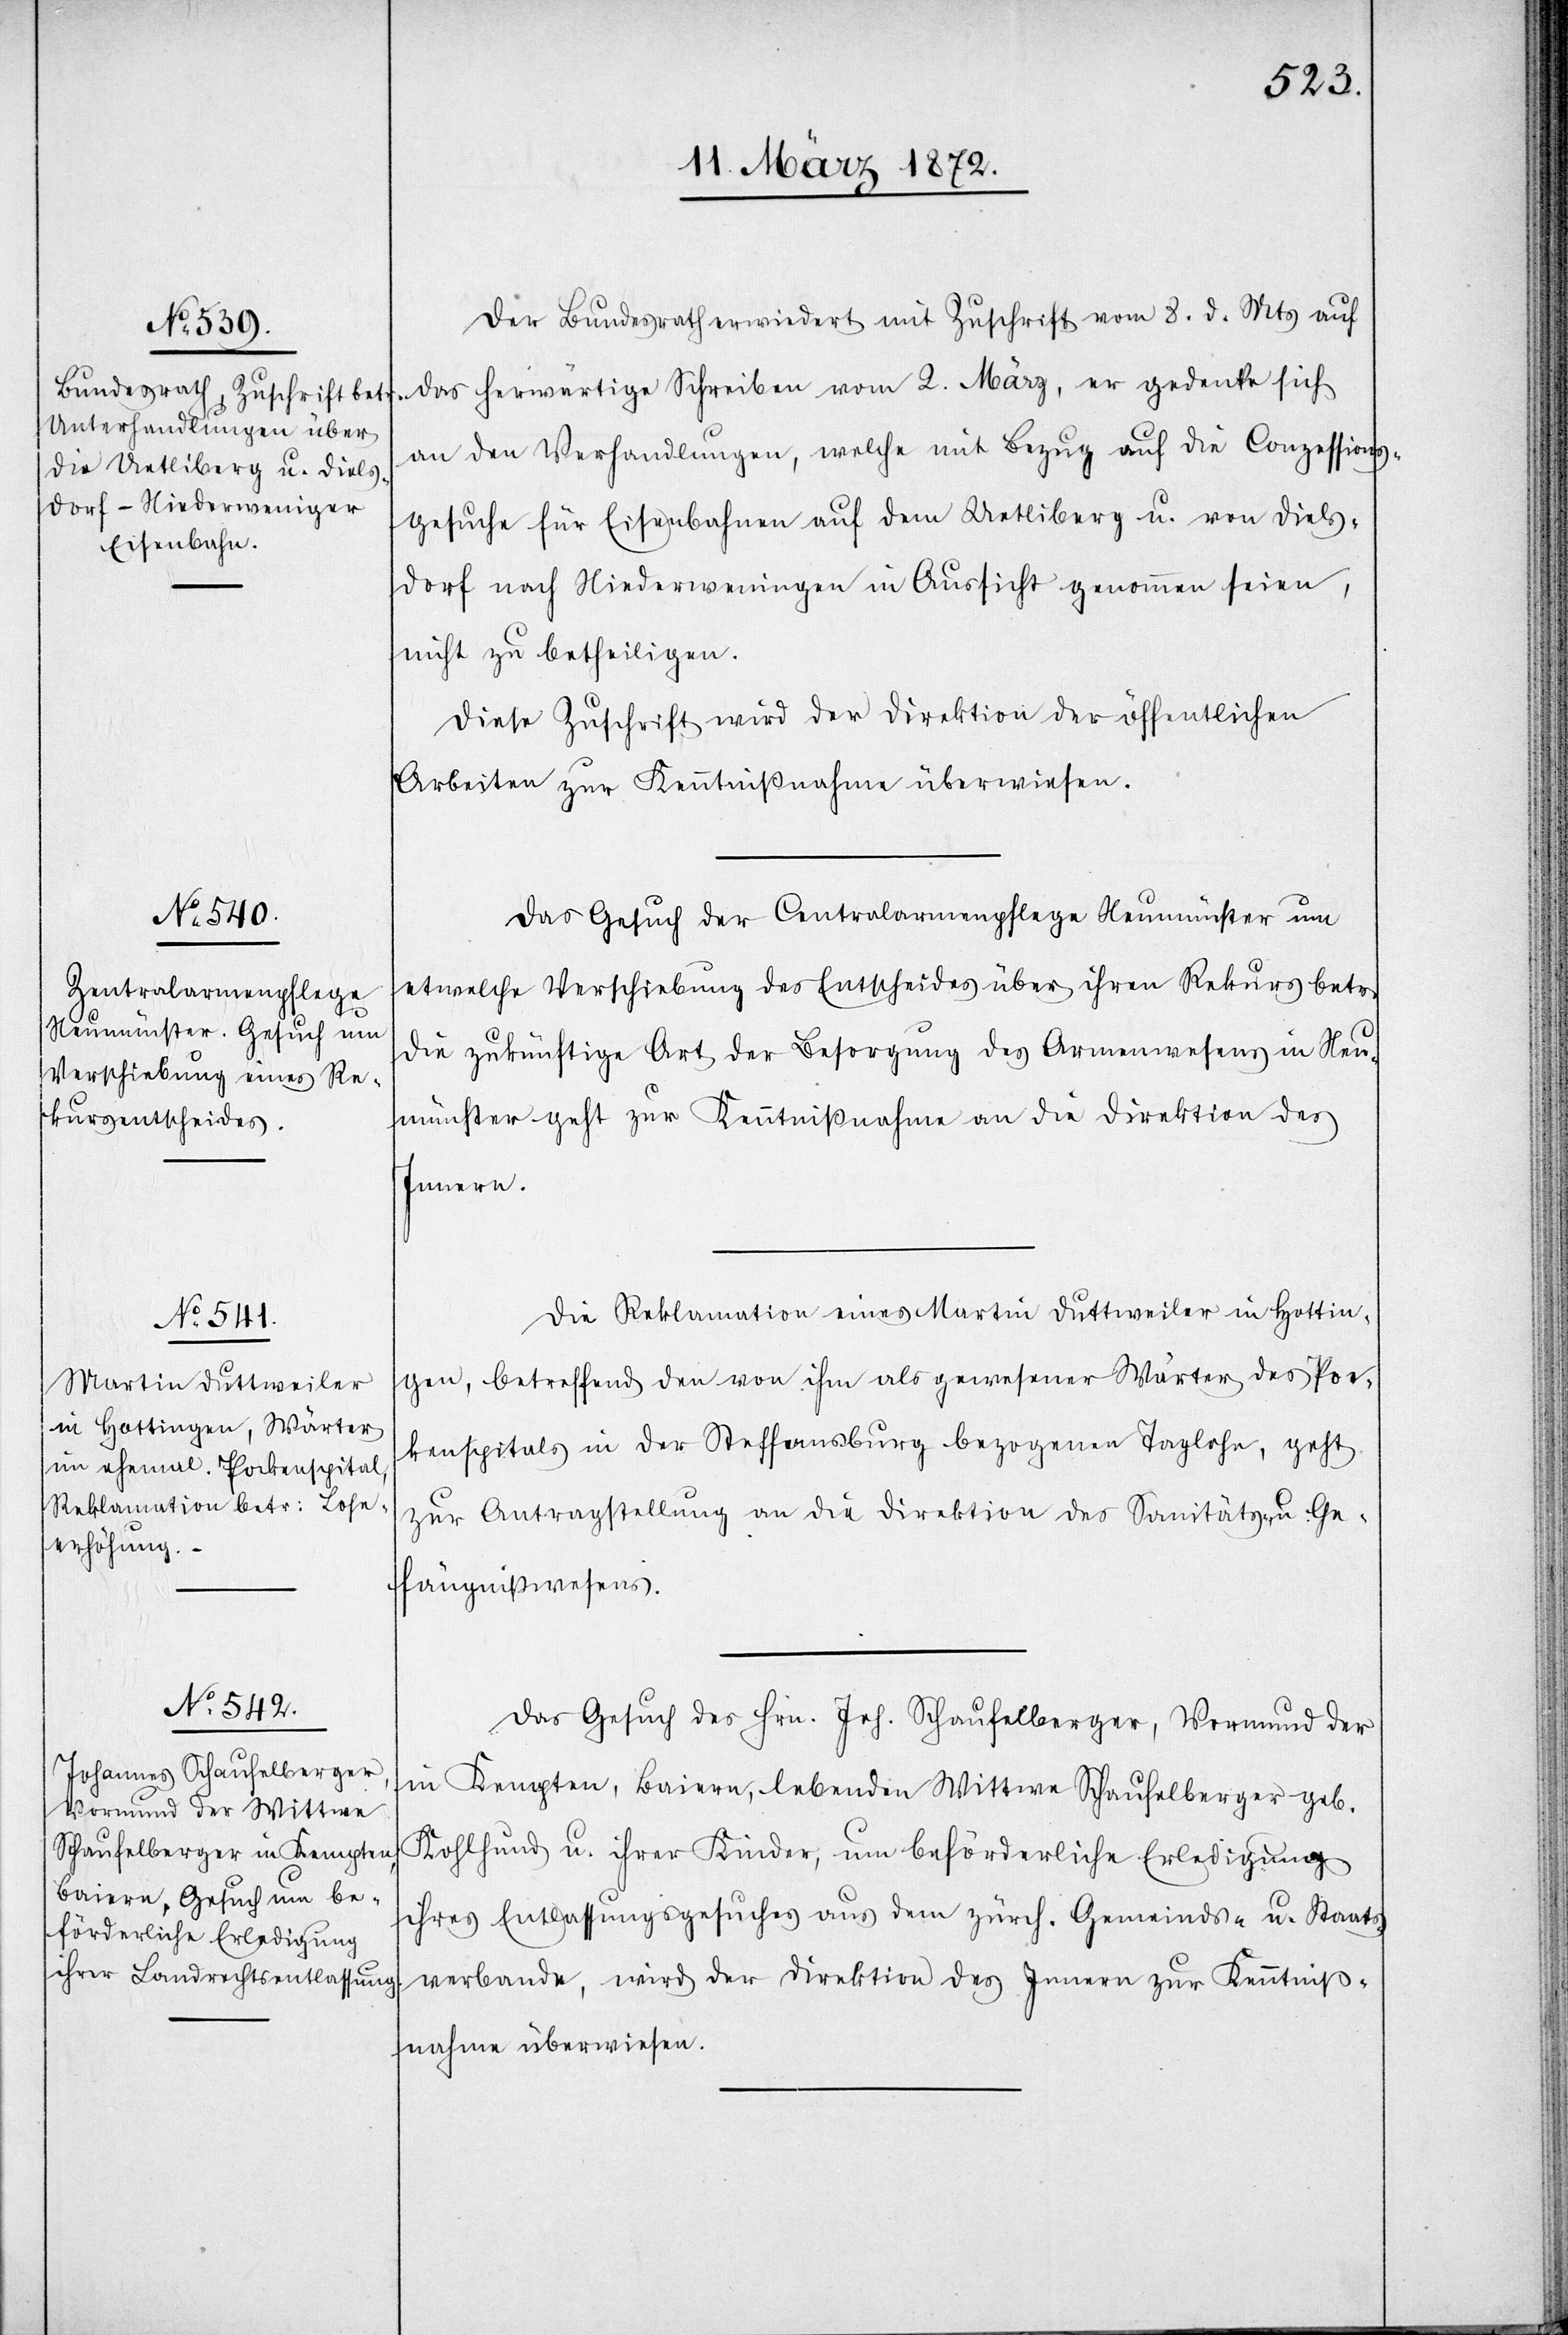
11. März 1872.]
Der Bundesrath erwiedert mit Zuschrift vom 8. d. Mts auf
das herwärtige Schreiben vom 2. März, er gedenke sich
an den Verhandlungen, welche mit Bezug auf die Conzessions¬
gesuche für Eisenbahnen auf dem Uetliberg u. von Diels¬
dorf nach Niederweningen in Aussicht genommen seien,
nicht zu betheiligen.
Diese Zuschrift wird der Direktion der öffentlichen
Arbeiten zur Kenntnißnahme überwiesen.
Das Gesuch der Centralarmenpflege Neumünster um
etwelche Verschiebung des Entscheides über ihren Rekurs betr.
die zukünftige Art der Besorgung des Armenwesens in Neu¬
münster geht zur Kenntnißnahme an die Direktion des
Innern.
Die Reklamation eines Martin Duttweiler in Hottin¬
gen, betreffend den von ihm als gewesener Wärter des Poc¬
kenspitals in der Steffansburg bezogenen Taglohn, geht
zur Antragstellung an die Direktion des Sanitäts- u. Ge¬
fängnißwesens.
Das Gesuch des Hrn. Joh. Schaufelberger, Vormund der
in Kempten, Baiern, lebenden Wittwe Schaufelberger geb.
Kohlhund u. ihrer Kinder, um beförderliche Erledigung
ihres Entlassungsgesuches aus dem zürch. Gemeinds- u. Staats¬
verbande, wird der Direktion des Innern zur Kenntniß¬
nahme überwiesen.